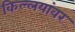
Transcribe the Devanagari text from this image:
किल्लयांवर